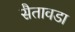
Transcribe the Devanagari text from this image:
सैतावडा